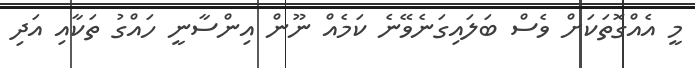
މީ އެއްގޮތަކަށް ވެސް ބަލައިގަނެވޭނެ ކަމެއް ނޫން އިންސާނީ ހައްގު ތަކާއި އަދި